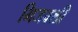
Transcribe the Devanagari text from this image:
भिजवली